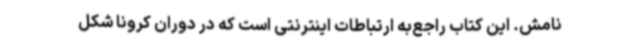
نامش. این کتاب راجع‌به ارتباطات اینترنتی است که در دوران کرونا شکل